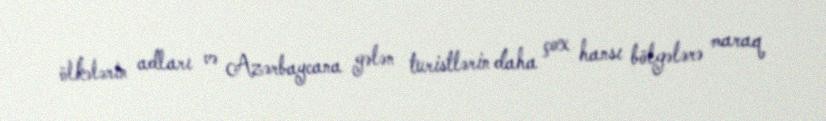
ölkələrin adları və Azərbaycana gələn turistlərin daha çox hansı bölgələrə maraq